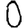
Digit: 0